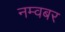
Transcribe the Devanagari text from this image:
नम्वबर